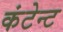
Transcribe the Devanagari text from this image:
कंटेन्ट